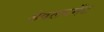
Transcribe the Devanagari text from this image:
डेबलपमेंट